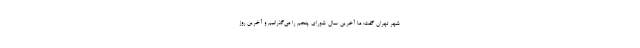
شهر تهران گفت: ما آخرین سال شورای پنجم را می‌گذرانیم و آخرین روز